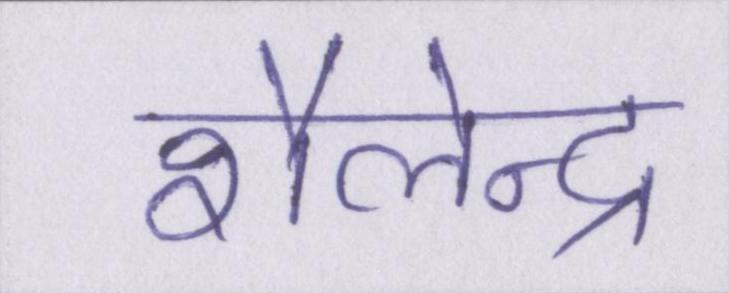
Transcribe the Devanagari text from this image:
शैलेन्द्र